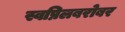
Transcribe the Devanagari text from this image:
स्वप्निलबरोबर